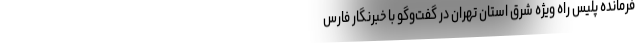
فرمانده پلیس راه ویژه شرق استان تهران در گفت‌وگو با خبرنگار فارس